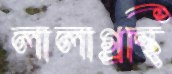
লালাগ্রন্থি